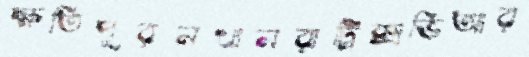
ক্ষতিপূরনখানরাট্রিক্সভিআর